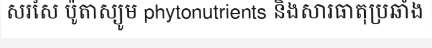
សរសៃ ប៉ូតាស្យូម phytonutrients និងសារធាតុប្រឆាំង